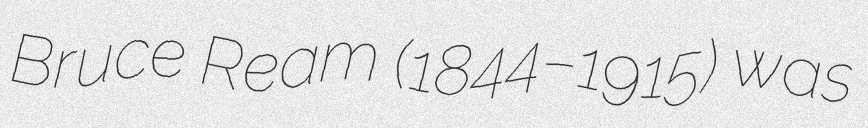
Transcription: Bruce Ream (1844–1915) was